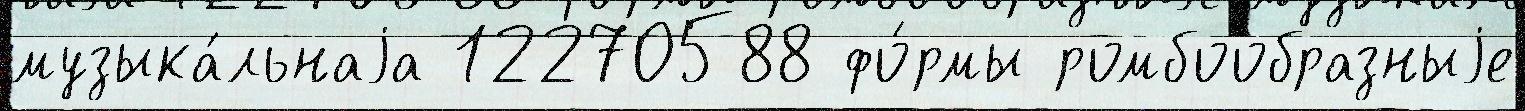
музыка́льнаjа 12270588 фо́рмы ромбообразныjе